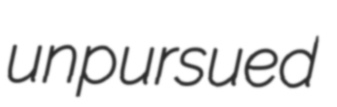
unpursued